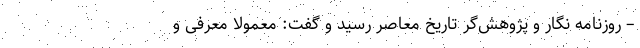
– روزنامه نگار و پژوهش‌گر تاریخ معاصر رسید و گفت: معمولاً معرفی و